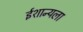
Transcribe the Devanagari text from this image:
ईशान्यला